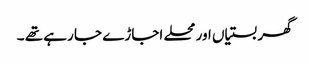
گھر بستیاں اور محلے اجاڑے جا رہے تھے ۔